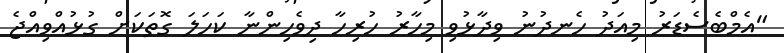
"އެމްބެސެޑަރު މިއަދު ހެނދުނު ވިދާޅުވި މިހާރު ހުރިހާ ދިވެހިންނާ ކަހަލަ ގޮތަކަށް ގުޅުއްވިއްޖެ